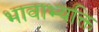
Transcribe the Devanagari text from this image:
भावाभ्यक्ति